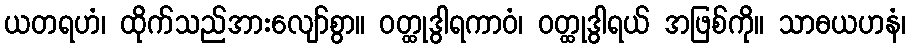
ယတရဟံ၊ ထိုက်သည်အားလျော်စွာ။ ဝတ္ထုဒွါရကာဝံ၊ ဝတ္ထုဒွါရယ် အဖြစ်ကို။ သာဓယဟနံ၊